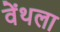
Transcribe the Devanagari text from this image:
वेंथला